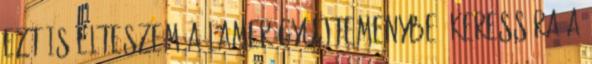
ezt is elteszem a lamer gyujtemenybe. Keress ra a